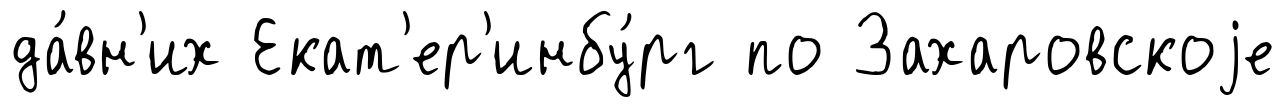
да́вн'их Екат'ер'инбу́рг по Захаровскоjе